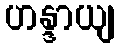
ဟန္ဒာယျ